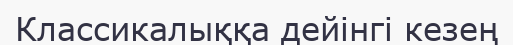
Классикалыққа дейінгі кезең